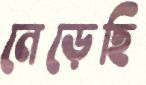
নেড়েছি